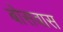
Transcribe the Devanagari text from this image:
बोसवास